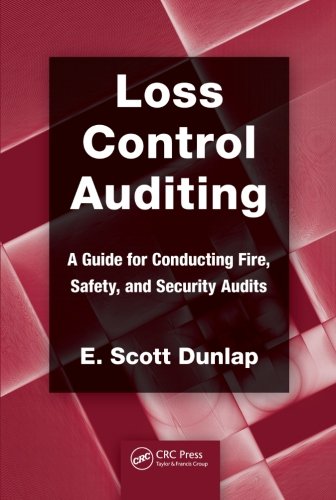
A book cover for Loss Control Auditing: A Guide for Conducting Fire, Safety, and Security Audits (Occupational Safety & Health Guide Series); E. Scott Dunlap; Law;